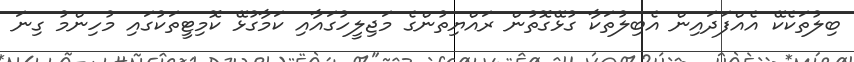
ބިލުތަކެކޭ އެއްފަދައިން އެބިލުތަކާ ގުޅޭގޮތުން ރައްޔިތުންގެ މަޖިލީހުގައާއި ކަމާގުޅޭ ކޮމިޓީތަކުގައި މުހިންމު ގިނަ